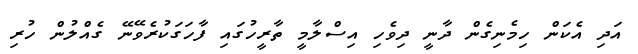
އަދި އެކަން ހިމެނިގެން ދާނީ ދިވެހި އިސްލާމީ ތާރީހުގައި ފާހަގަކުރެވޭނޭ ގެއްލުން ހުރި